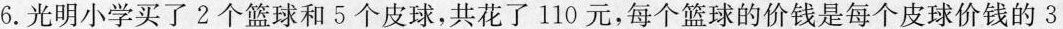
6.光明小学买了2个篮球和5个皮球，共花了110元，每个篮球的价钱是每个皮球价钱的3